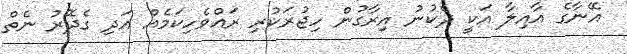
އޭނާގެ އާއިލާ އަކީ ދެކުނު އިރާގުން ހިޖުރަކުރި ރައްވެހިކަމެއް އަދި ގެދޮރު ނެތް